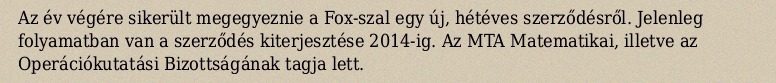
Az év végére sikerült megegyeznie a Fox-szal egy új, hétéves szerződésről. Jelenleg folyamatban van a szerződés kiterjesztése 2014-ig. Az MTA Matematikai, illetve az Operációkutatási Bizottságának tagja lett.